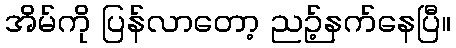
အိမ်ကို ပြန်လာတော့ ညဉ့်နက်နေပြီ။